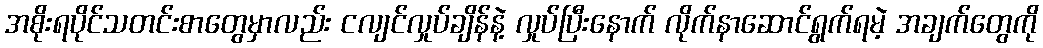
အစိုးရပိုင်သတင်းစာတွေမှာလည်း ငလျင်လှုပ်ချိန်နဲ့ လှုပ်ပြီးနောက် လိုက်နာဆောင်ရွက်ရမဲ့ အချက်တွေကို